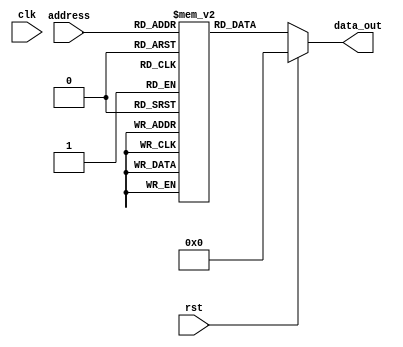
module program_memory(
 //input [15:0] data_in,
 input [7:0] address,
 input /*Rd_wrt_mode,*/ clk, rst,
 
 output reg [15:0] data_out
 
);

 reg [15:0] program_mem[255:0];
 //integer i;
 always@(*)
 	begin
	if(rst)
		begin
		data_out <= 0;
		end
	else  // read
		data_out <= program_mem[address];
  	/*else // write
		program_mem[address] <= data_in;*/
	end
 /*always@(posedge clk)
 	begin
   	program_mem[0] <= 16'b0000000000000000;
	program_mem[1] <= 16'b0000000000000001;
	program_mem[2] <= 16'b0110000011111111;
	program_mem[3] <= 16'b0110000111111110;
	program_mem[4] <= 16'b0110001011111101;
	program_mem[5] <= 16'b0100000100000001;
	end*/
 initial begin
	program_mem[0] <= 16'b0110000011111111; //LDI
	program_mem[1] <= 16'b0110000111111110; //LDI
	program_mem[2] <= 16'b0110001011111101; //LDI
	program_mem[3] <= 16'b0100000100000001; //ADDI 
  	program_mem[4] <= 16'b0101001000000010; //ANDI
	program_mem[5] <= 16'b1000000000100000; //ADD
	program_mem[6] <= 16'b1000100100000000; //SUB
	program_mem[7] <= 16'b0111000100000010; //STD
	program_mem[8] <= 16'b0000000000001010; //JMP
	program_mem[9] <= 16'b0110111100000010; //LDD
	program_mem[10] <= 16'b0110111000000010; //LDD
	program_mem[11] <= 16'b1010101000000000; //STX
	program_mem[12] <= 16'b1110011000000000; //NOT
	program_mem[13] <= 16'b1111011000000000; //SHR
	program_mem[14] <= 16'b1010010111000000; //LDX
	program_mem[15] <= 16'b0100000100000111 ; //ADDI
	program_mem[16] <= 16'b0100011000000001  ; //ADDI
	program_mem[17] <= 16'b0100011000001001  ; //ADDI
	program_mem[18] <= 16'b0100100100000001 ; //SUBI
	program_mem[19] <= 16'b0100111000001010 ; //SUBI
	program_mem[20] <= 16'b1001000000100000  ; //AND
	program_mem[21] <= 16'b1001001011000000  ; //AND
	program_mem[22] <= 16'b1001100000100000  ; //OR
	program_mem[23] <= 16'b1001101000100000  ; //OR
	program_mem[24] <= 16'b0100011011111111  ; //ADDI
	program_mem[25] <= 16'b0101100000000000  ; //ORI
	program_mem[26] <= 16'b0101100111111111  ; //ORI
	program_mem[27] <= 16'b0110001011111110  ; //LDI
	program_mem[28] <= 16'b0111000100000111  ; //STD
	program_mem[29] <= 16'b0111000100001000  ; //STD
	program_mem[30] <= 16'b0110110100000111  ; //LDD
	program_mem[31] <= 16'b0110111100001000  ; //LDD
 	end
endmodule